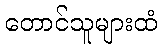
တောင်သူများထံ